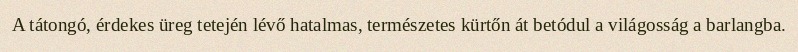
A tátongó, érdekes üreg tetején lévő hatalmas, természetes kürtőn át betódul a világosság a barlangba.